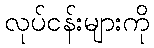
လုပ်ငန်းများကို